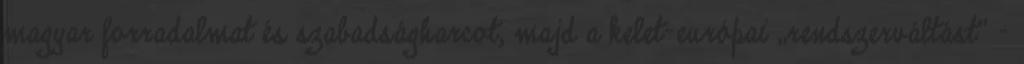
magyar forradalmat és szabadság­har­cot, majd a kelet-európai „rendszerváltást” -